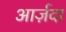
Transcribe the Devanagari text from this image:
आर्ज़दा